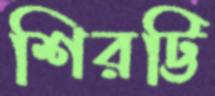
শিরট্টি